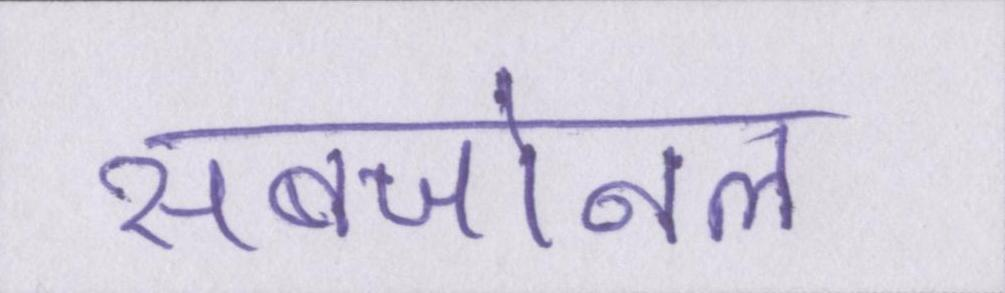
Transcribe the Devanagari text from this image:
सबजोनल